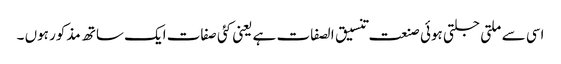
اسی سے ملتی جلتی ہوئی صنعت تنسیق الصفات ہے یعنی کئی صفات ایک ساتھ مذکور ہوں ۔